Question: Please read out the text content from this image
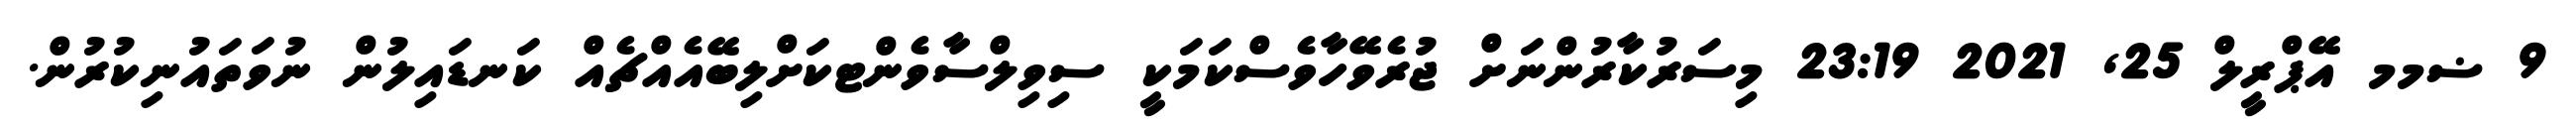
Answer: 9 ޟމމ އޭޕްރީލް 25, 2021 23:19 މިސަރުކާރުންނަށް ޖުރެވޭހާވެސްކަމަކީ ސިވިލްސާވެންޓކަށްލިބޭއެއްޗެއް ކަނޑައިލުން ނުވަތައުނިކުރުން.